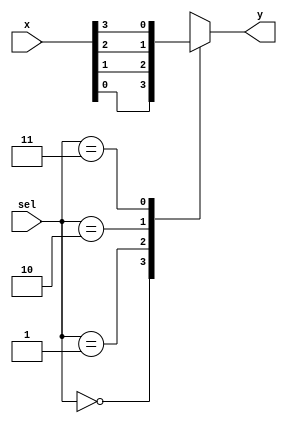
`timescale 1ns / 1ps
//////////////////////////////////////////////////////////////////////////////////
// Company: Davis Semiconductor
// 
// Design Name: 
// Module Name: mux_4_to_1
// Project Name: 
// Target Devices: Arty A7-35T
// Tool Versions: Vivado 2020.1
// Description: 4-to-1 multiplexer
// 
// Dependencies: 
// 
// Revision:
// Revision 0.01 - File Created
// Additional Comments:
// 
//////////////////////////////////////////////////////////////////////////////////


module mux_4_to_1(
    input [1:0] sel,
    input [3:0] x,
    output reg y
    );
    
   always @*
    begin       
       case (sel)
         2'b00: y = x[0];
         2'b01: y = x[1];
         2'b10: y = x[2];
         2'b11: y = x[3];
       endcase
    end
endmodule